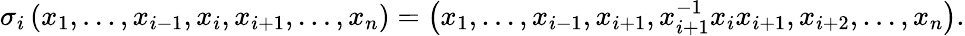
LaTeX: \sigma_{i}\left(x_{1},\ldots,x_{i-1},x_{i},x_{i+1},\ldots,x_{n}\right)=\left(x_{1},\ldots,x_{i-1},x_{i+1},x_{i+1}^{-1}x_{i}x_{i+1},x_{i+2},\ldots,x_{n}\right).